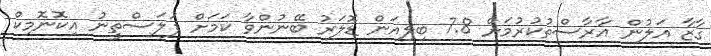
ގާޒާ އަލުން އާރާސްތުކުރުމަށް 7.8 ބިލިއަން ޑޮލަރު ބޭނުންވާ ކަމަށް ފަލަސްތީނު އިކޮނޮމިކް